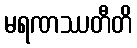
မရဏဿတီတိ